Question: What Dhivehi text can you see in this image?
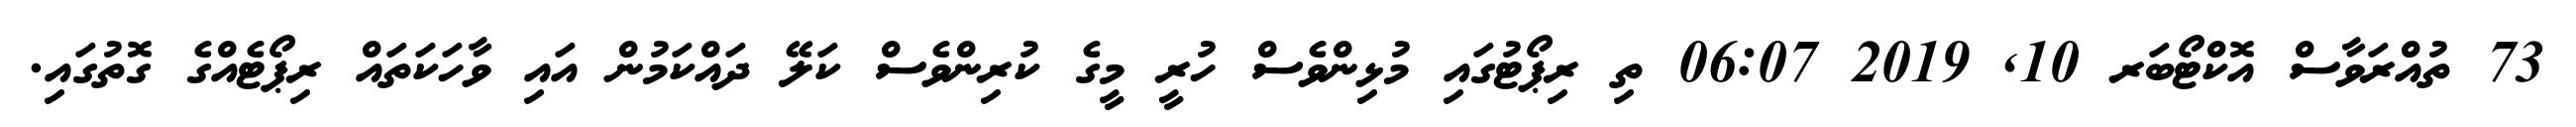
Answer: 73 ތުއްރަވާސް އޮކްޓޯބަރ 10, 2019 06:07 ތި ރިޕޯޓުގައި މުޅިންވެސް ހުރީ މީގެ ކުރިންވެސް ކަލޭ ދައްކަމުން އައި ވާހަކަތައް ރިޕޯޓެއްގެ ގޮތުގައި.